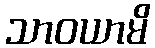
သာဝယာမိ